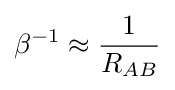
\beta ^{-1}\approx {\frac {1}{R_{AB}}}